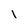
Character: I